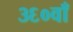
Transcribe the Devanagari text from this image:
३६०वाँ